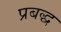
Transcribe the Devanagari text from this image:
प्रबद्ध